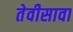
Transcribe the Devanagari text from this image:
तेवीसावा